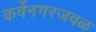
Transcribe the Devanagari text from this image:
कर्वेनगरजवळ